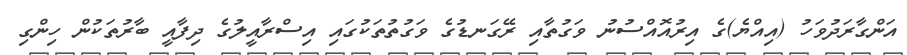
އަންގާރަދުވަހު (އިއްޔެ)ގެ އިރުއޮއްސުނު ވަގުތާއި ރޭގަނޑުގެ ވަގުތުތަކުގައި އިސްރާއީލުގެ ދިފާއީ ބާރުތަކުން ހިންގި